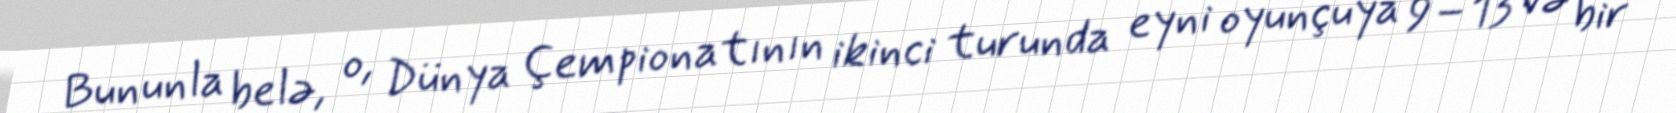
Bununla belə, o, Dünya Çempionatının ikinci turunda eyni oyunçuya 9–13 və bir